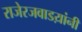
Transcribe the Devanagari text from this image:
राजेरजवाडय़ांनी